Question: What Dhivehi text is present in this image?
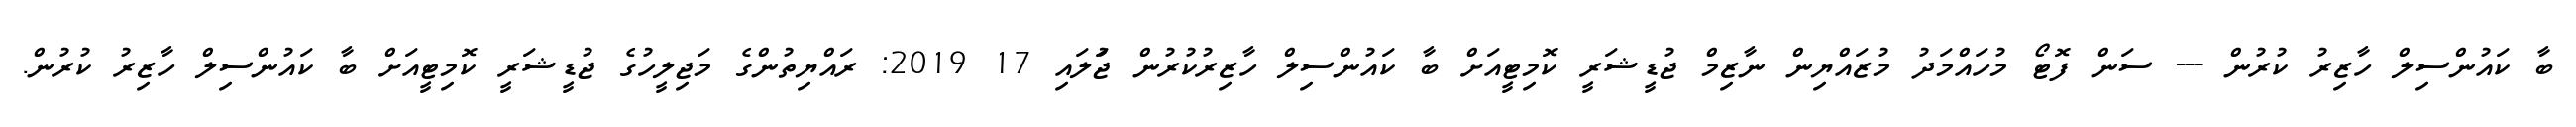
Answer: ބާ ކައުންސިލް ހާޒިރު ކުރުން --- ސަން ފޮޓޯ މުހައްމަދު މުޒައްޔިން ނާޒިމް ޖުޑީޝަރީ ކޮމިޓީއަށް ބާ ކައުންސިލް ހާޒިރުކުރުން ޖުަލައި 17 2019: ރައްޔިތުންގެ މަޖިލީހުގެ ޖުޑީޝަރީ ކޮމިޓީއަށް ބާ ކައުންސިލް ހާޒިރު ކުރުން.